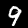
Label: 9